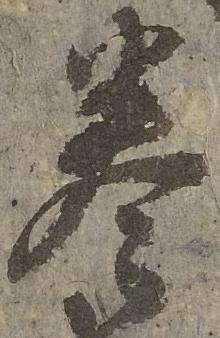
巻